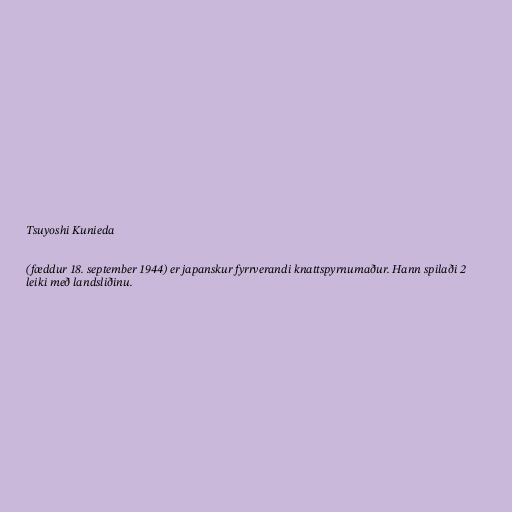
Tsuyoshi Kunieda

(fæddur 18. september 1944) er japanskur fyrrverandi knattspyrnumaður. Hann spilaði 2
leiki með landsliðinu.